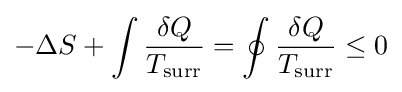
-\Delta S+\int {\frac {\delta Q}{T_{\text{surr}}}}=\oint {\frac {\delta Q}{T_{\text{surr}}}}\leq 0